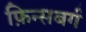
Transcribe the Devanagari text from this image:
फ़िन्सबर्ग